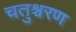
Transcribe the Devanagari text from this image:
चतुश्चरण